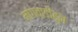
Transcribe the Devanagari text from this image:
मांगवाडीहून